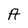
Character: A